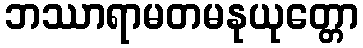
ဘဿာရာမတမနုယုတ္တော